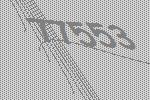
77553